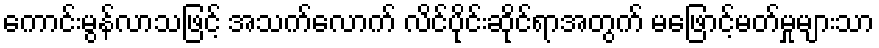
ကောင်းမွန်လာသဖြင့် အသက်လောက် လိင်ပိုင်းဆိုင်ရာအတွက် မဖြောင့်မတ်မှုများသာ